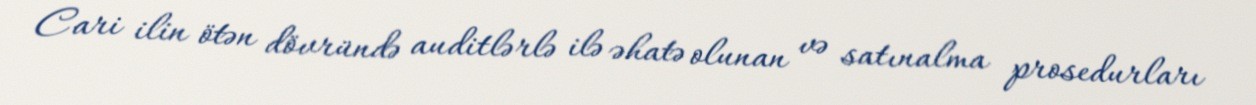
Cari ilin ötən dövründə auditlərlə ilə əhatə olunan və satınalma prosedurları